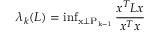
\lambda _ { k } ( L ) = \mathrm { i n f _ { x \perp P _ { k - 1 } } \, } \frac { x ^ { T } L x } { x ^ { T } x }